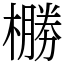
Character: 橳